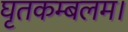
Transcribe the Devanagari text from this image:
घृतकम्बलम।